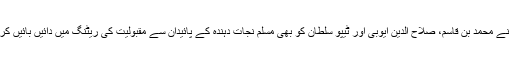
ارطغرل نے محمد بن قاسم، صلاح الدین ایوبی اور ٹیپو سلطان کو بھی مسلم نجات دہندہ کے پائیدان سے مقبولیت کی ریٹنگ میں دائیں بائیں کر دیا ہے۔